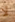
لا